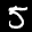
Label: 5